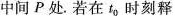
中间P处。若在t_{0}。时刻释